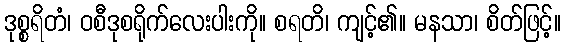
ဒုစ္စရိတံ၊ ဝစီဒုစရိုက်လေးပါးကို။ စရတိ၊ ကျင့်၏။ မနသာ၊ စိတ်ဖြင့်။